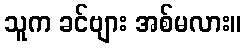
သူက ခင်ဗျား အစ်မလား။